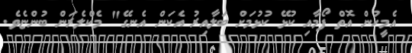
އެމީހުން އޮތް ފޯމާއި ކުޅޭ ކުޅުމަށް ބަލާއިރު އެކަން އެނގޭ" މެކްލެރަން ބުންޏެވެ.